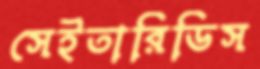
সেইতারিডিস